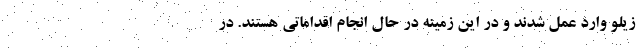
زیلو وارد عمل شدند و در این زمینه در حال انجام اقداماتی هستند. در